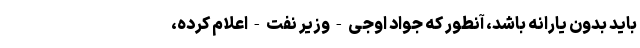
باید بدون یارانه باشد، آنطور که جواد اوجی - وزیر نفت - اعلام کرده،